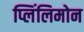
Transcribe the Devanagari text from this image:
प्लिंलिमोन